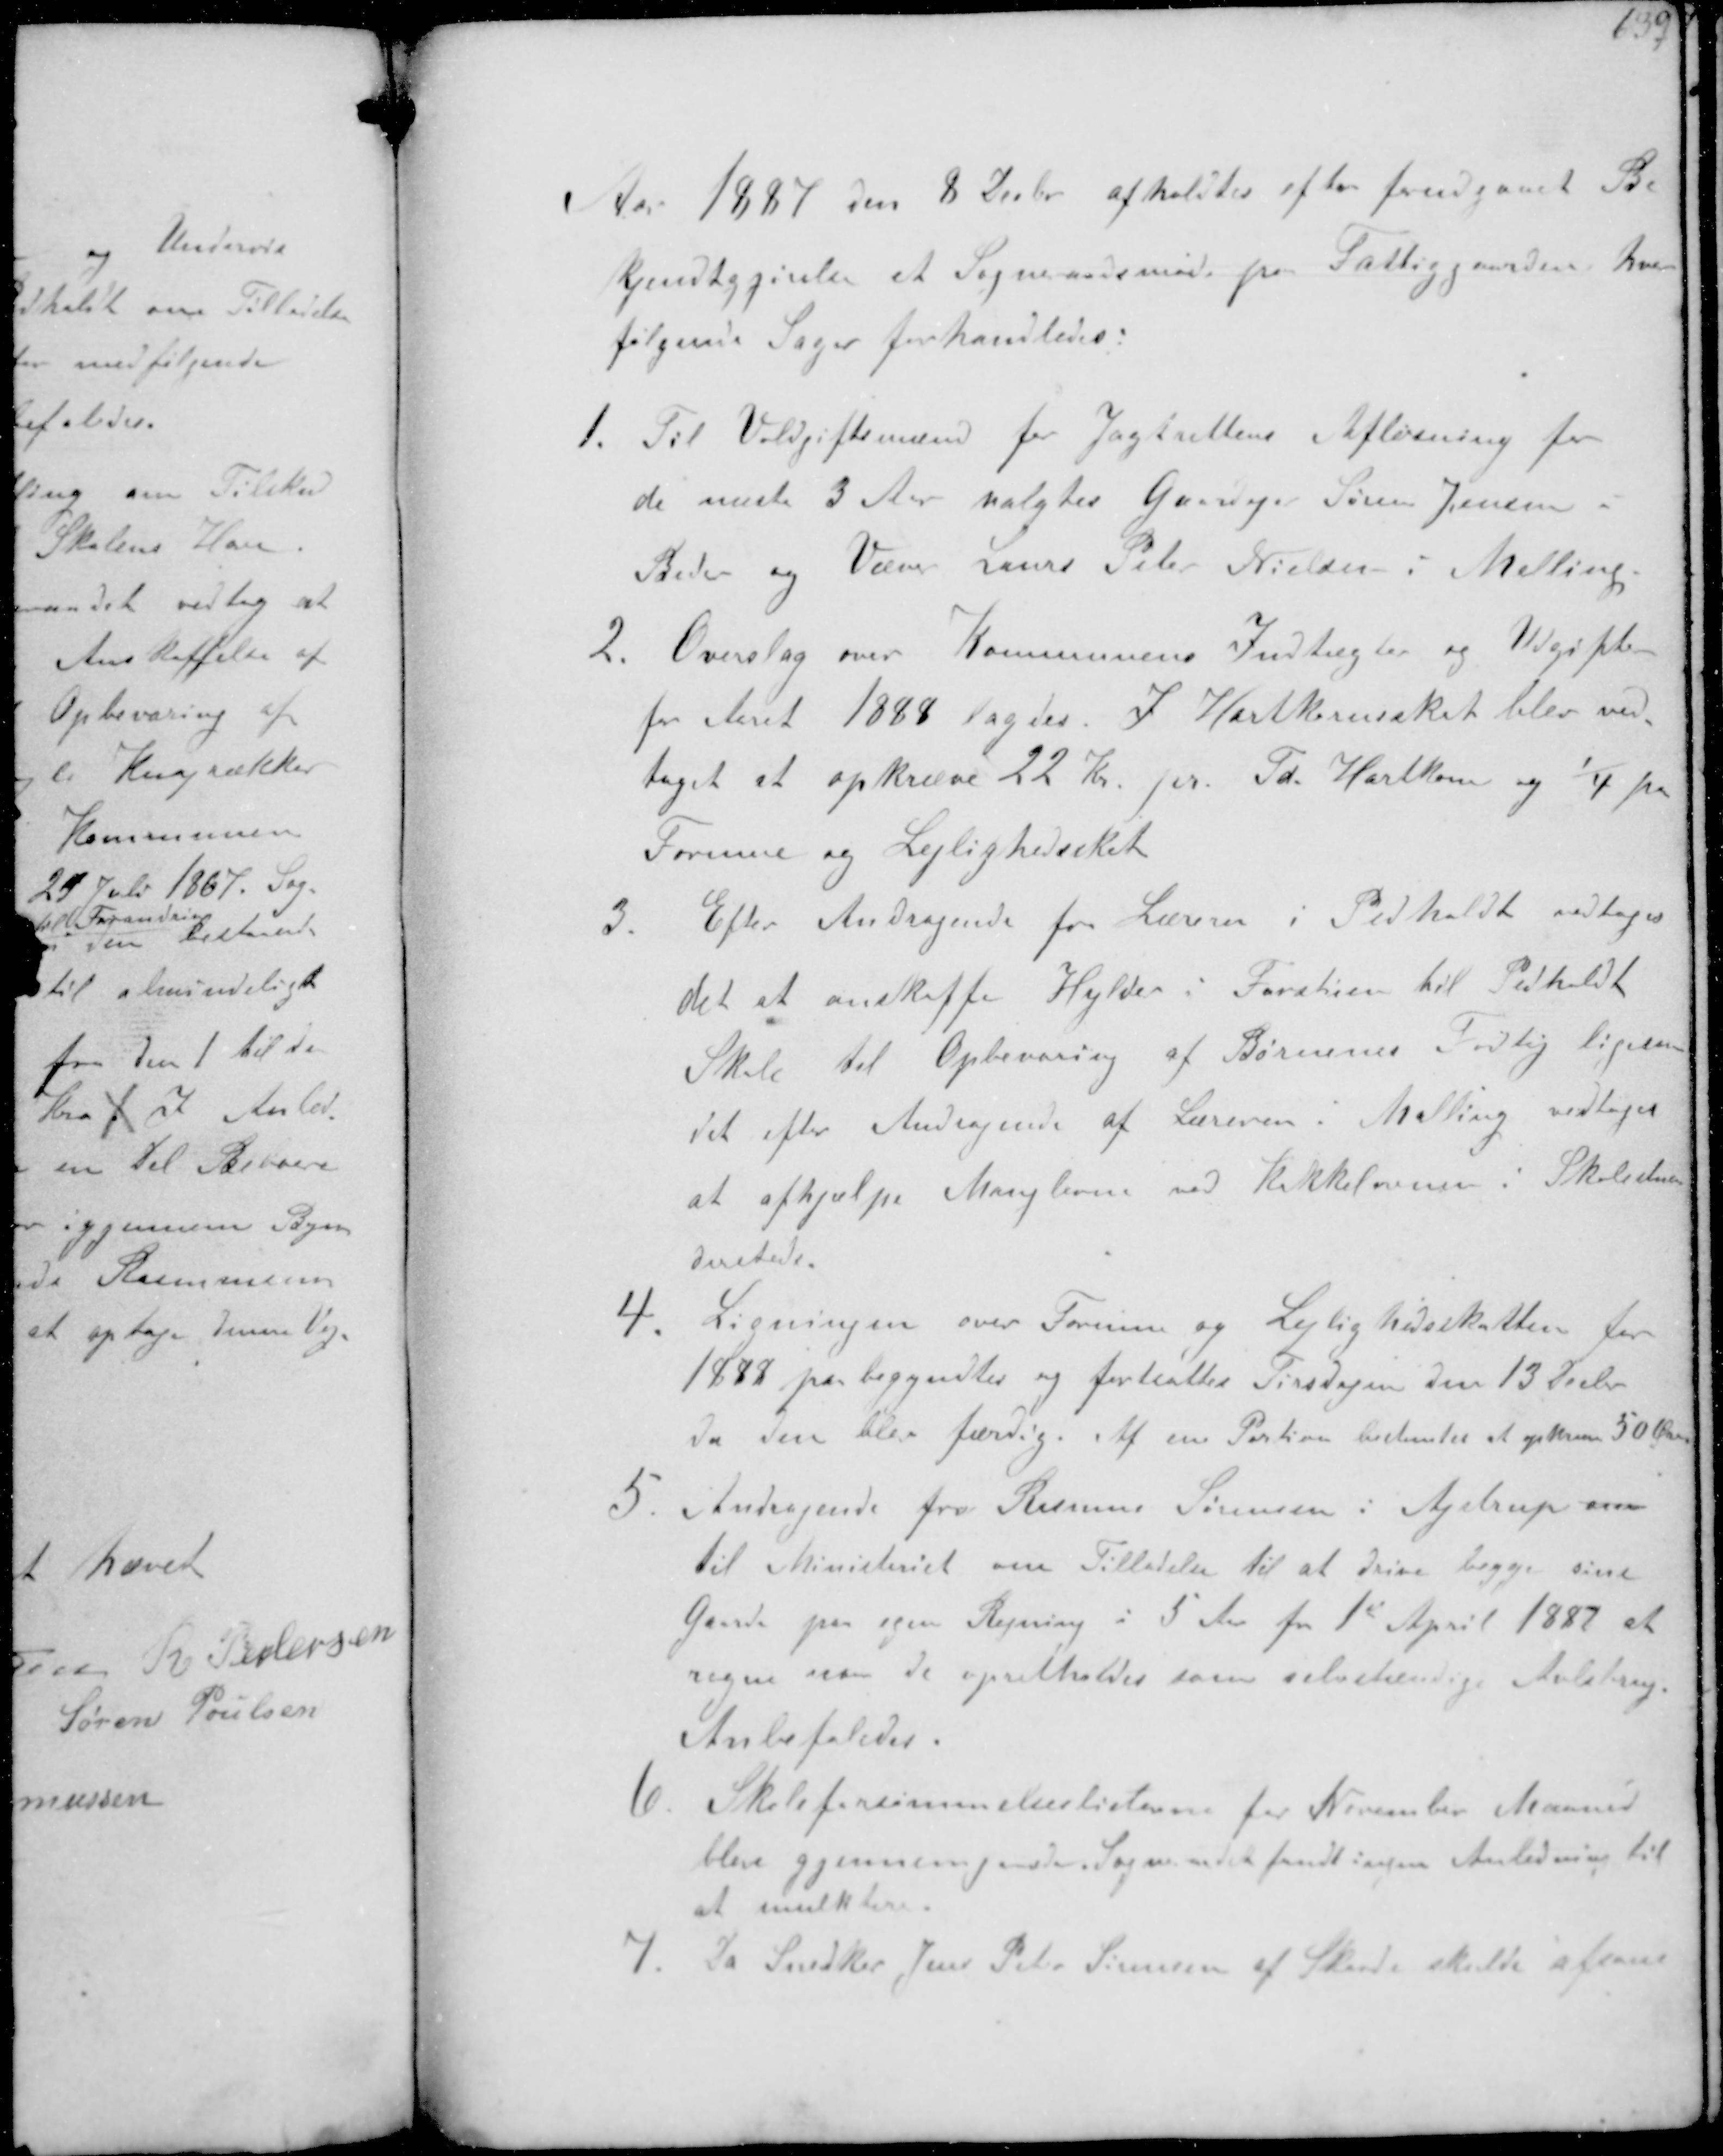
Transskription:
Aar 1887 den 8 Decbr afholdtes efter forudgaaet Be-
kjendtgjørelse et Sogneraadsmøde paa Fattiggaarden hvor
følgende Sager forhandledes:
1. Til Voldgiftmænd for Jagtrettens Afløsning for
de næste 3 Aar valgtes Gaardejer Søren Jensen i
Beder og Væver Laurs Peter Nielsen i Malling
2. Overslag over Kommunens Indtægter og Udgifter
for Aaret 1888 lagdes I Hartkornsskat blev ved-
taget at opkræve 22 Kr pr. Td. Hartkorn og 1/4 paa
Formue og Lejlighedsskat
3. Efter Andragende for Læreren i Pedholdt vedtoges
det at anskaffe Hylder i Forstuen til Pedholdt
Skole til Opbevaring af Børnenes Fodtøj ligesom
det efter Andragende af Læreren i Malling vedtoges
at afhjælpe Manglerne ved Kakkelovnen i Skolestuen
dersteds
4. Ligningen over Formue og Lejlighedsskatten for
1888 paabegyndtes og fortsattes Tirsdagen den 13 Decbr
da den blev færdig. Af en Portion bestemtes at opkræve 50 Øre
5. Andragende fra Rasmus Sørensen i Ajstrup om
til Ministeriet om Tilladelse til at drive begge sine
Gaarde paa egen Regning i 5 Aar fra 1st April 1887 at
regne men de opretholdes som selvstændige Avlsbrug
Anbefaledes
6. Skoleforsømmelseslisterne for November Maaned
blev gjennemgaaede Sogneraadet fandt ingen Anledning til
at mulktere
7 Da Snedker Jens Peter Sørensen af Skaade skulde afsone